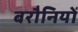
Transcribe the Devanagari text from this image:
बरौनियों